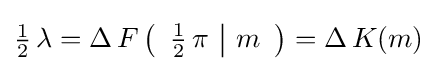
{\tfrac {1}{2}}\,\lambda =\Delta \,F\left({\begin{array}{c|c}{\tfrac {1}{2}}\,\pi &m\end{array}}\right)=\Delta \,K(m)